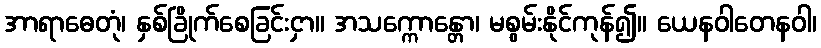
အာရာဓေတုံ၊ နှစ်ခြိုက်စေခြင်းငှာ။ အသက္ကောန္တော၊ မစွမ်းနိုင်ကုန်၍။ ယေနဝါတေနဝါ၊